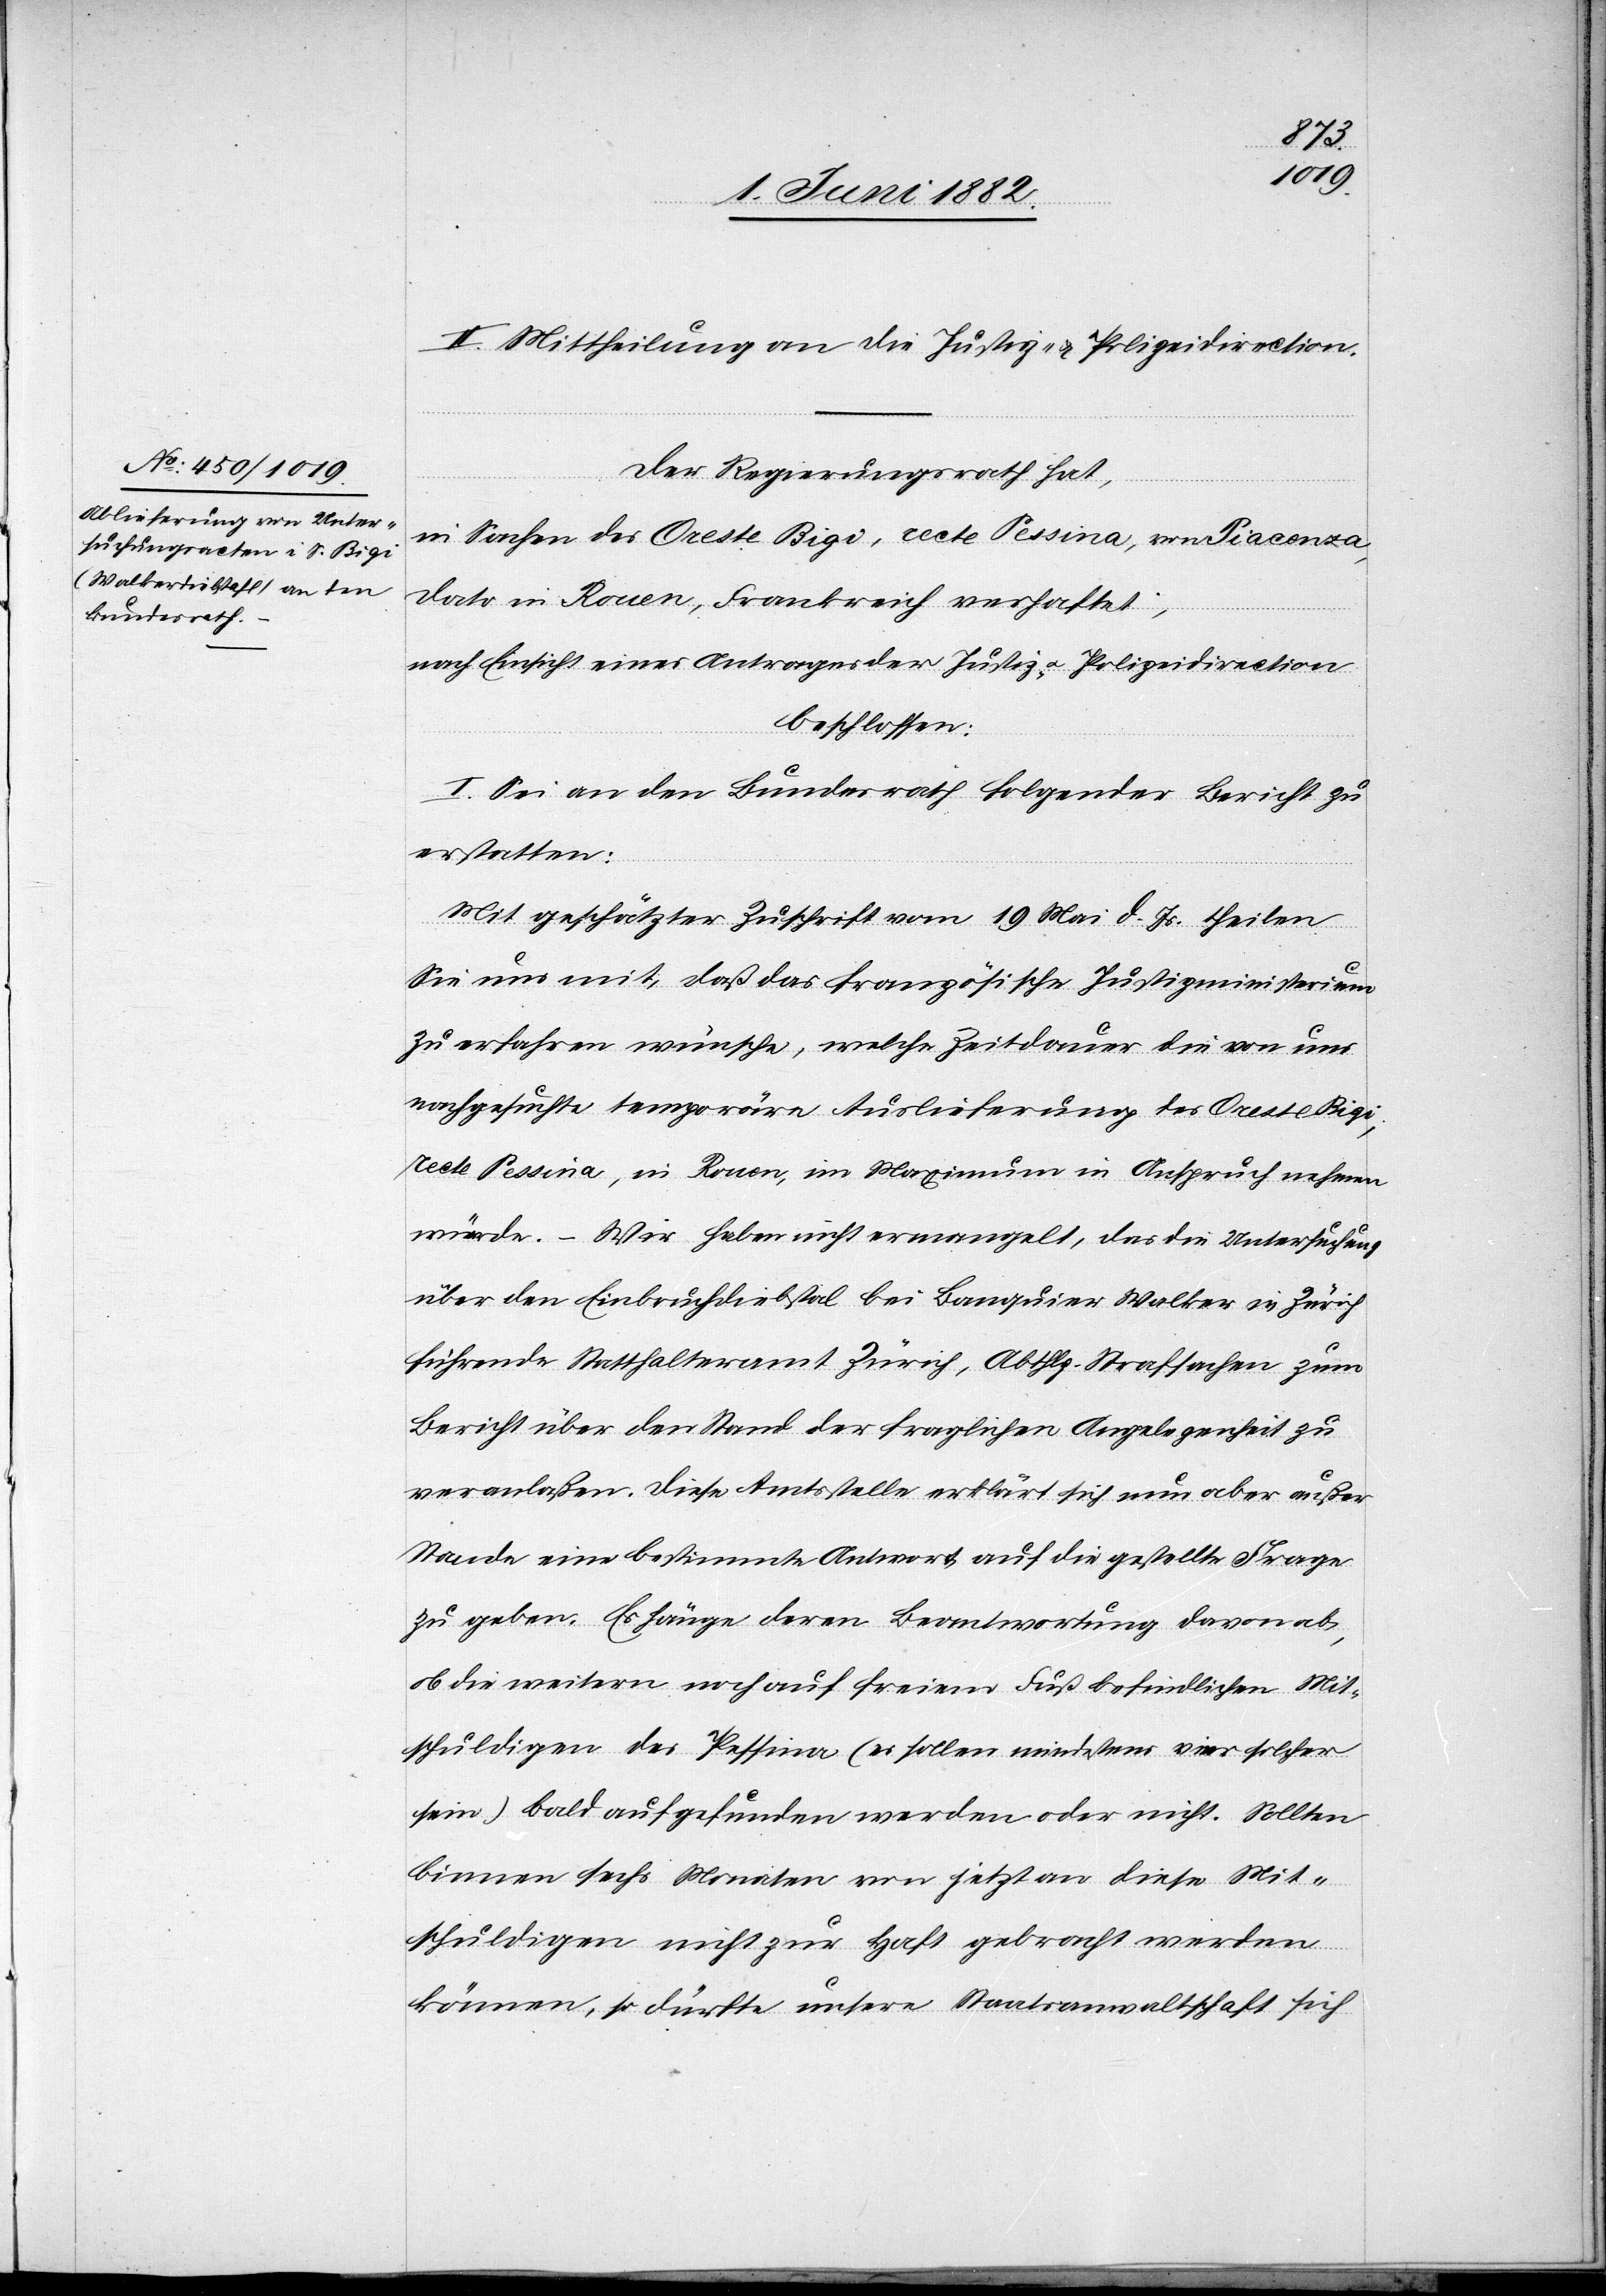
II. Mittheilung an die Justiz- & Polizeidirection.
Der Regierungsrath hat,
in Sachen des Oreste Rigi, recte Pessina, von Piacenza,
dato in Rouen, Frankreich verhaftet,
nach Einsicht eines Antrages der Justiz- u. Polizeidirection,
beschlossen:
I. Sei an den Bundesrath folgender Bericht zu
erstatten:
„Mit geschätzter Zuschrift vom 19. Mai d. Js. theilen
Sie nun mit, daß das französische Justizministerium
zu erfahren wünsche, welche Zeitdauer die von uns
nachgesuchte temporäre Auslieferung des Oreste Rigi,
recte Pessina, in Rouen, im Maximum in Anspruch nehmen
würde. – Wir haben nicht ermangelt, das die Untersuchung
über den Einbruchdiebstal bei Banquier Walker in Zürich
führende Statthalteramt Zürich, Abthlg. Strafsachen zum
Bericht über den Stand der fraglichen Angelegenheit zu
veranlaßen. Diese Amtssteller erklärt sich nun aber außer
Stande eine bestimmte Antwort auf die gestellte Frage
zu geben. Es hänge deren Beantwortung davon ab,
ob die weitern noch auf freiem Fuß befindlichen Mit¬
schuldigen des Pessina (es sollen mindestens vier solcher
sein) bald aufgefunden werden oder nicht. Sollten
binnen sechs Monaten von jetzt an diese Mit¬
schuldigen nicht zur Haft gebracht werden
können, so dürfte unsere Staatsanwaltschaft sich